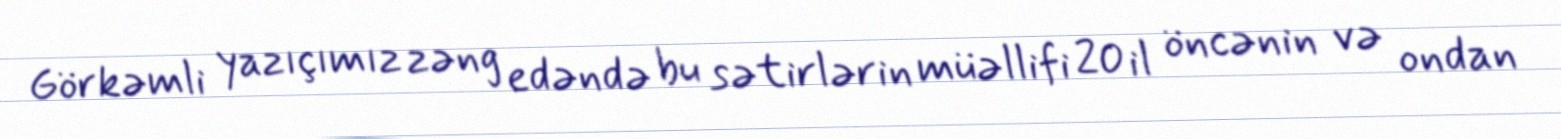
Görkəmli yazıçımız zəng edəndə bu sətirlərin müəllifi 20 il öncənin və ondan